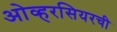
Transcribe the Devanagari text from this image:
ओव्हरसियरची